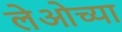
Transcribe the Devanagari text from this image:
लेओच्या